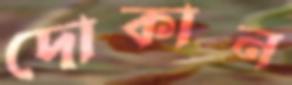
দোকান